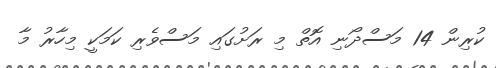
ކުރިން 14 މަސްދޯނި އޮތް މި ރަށުގައި މަސްވެރި ކަމަކީ މިހާރު މާ